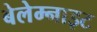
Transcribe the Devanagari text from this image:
बेलेम्नाइट